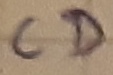
Text: CD